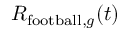
R _ { \mathrm { f o o t b a l l } , g } ( t )